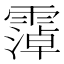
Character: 𫕭